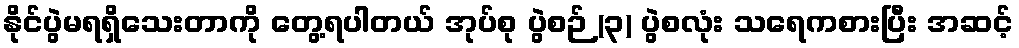
နိုင်ပွဲမရရှိသေးတာကို တွေ့ရပါတယ် အုပ်စု ပွဲစဉ် (၃) ပွဲစလုံး သရေကစားပြီး အဆင့်